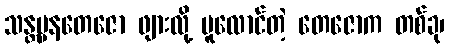
သန္တပ္ပနတေဇော ဖျားလို့ ပူလောင်တဲ့ တေဇောက တစ်ခု၊